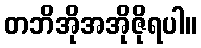
တဘိအိုအအိုဇိုရပါ။